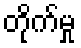
တိုက်မှု